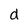
Character: d